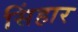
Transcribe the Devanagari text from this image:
सिंहार